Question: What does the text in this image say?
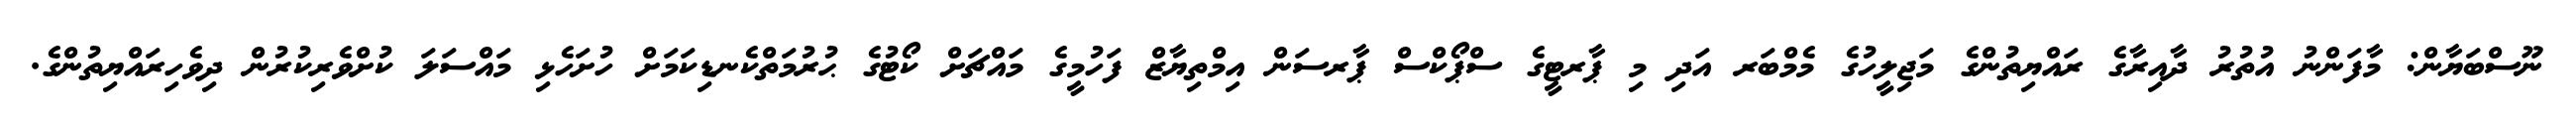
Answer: ނޫސްބަޔާން: މާފަންނު އުތުރު ދާއިރާގެ ރައްޔިތުންގެ މަޖިލީހުގެ މެމްބަރ އަދި މި ޕާރޓީގެ ސްޕޯކްސް ޕާރސަން އިމްތިޔާޒް ފަހުމީގެ މައްޗަށް ކޯޓުގެ ޙުރުމަތްކެނޑިކަމަށް ހުށަހެޅި މައްސަލަ ކުށްވެރިކުރުން ދިވެހިރައްޔިތުންގެ.